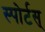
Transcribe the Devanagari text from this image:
स्पोर्टस्‌